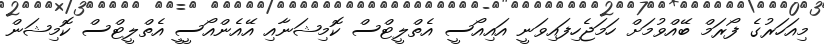
މިއަހަރުގެ ފޯރަމް ބޭއްވުމަށް ހަމަޖެހިފައިވަނީ އައިއޯސީ އެތްލީޓްސް ކޮމިޝަނާއި އޭއެންއޯސީީ އެތްލީޓްސް ކޮމިޝަން